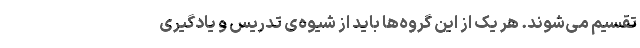
تقسیم می‌شوند. هر یک از این گروه‌ها باید از شیوه‌ی تدریس و یادگیری